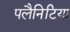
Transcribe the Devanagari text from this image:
पलैनिटिया